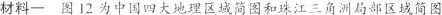
材料一 图12为中国四大地理区域简图和珠江三角洲局部区域简图